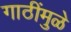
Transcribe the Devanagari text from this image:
गाठींमुळे